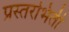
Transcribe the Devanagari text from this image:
प्रस्तरभिंती